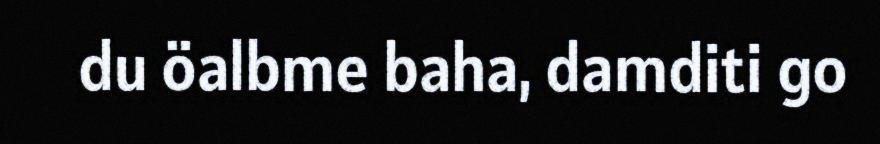
du öalbme baha, damditi go